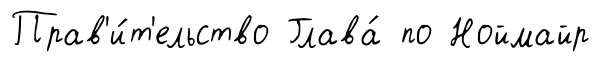
Прав'и́т'ельство Глава́ по Ноймайр